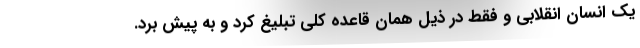
یک انسان انقلابی و فقط در ذیل همان قاعده کلی تبلیغ کرد و به پیش برد.